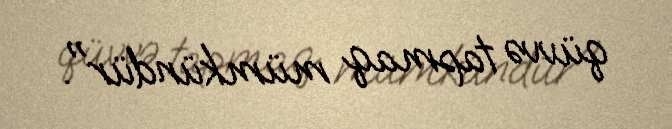
qüvvə tapmaq mümkündür".